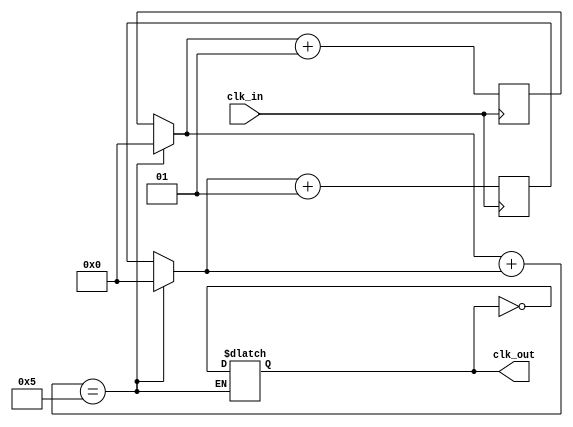
`timescale 1ns / 1ps
//////////////////////////////////////////////////////////////////////////////////
// Company: 
// Engineer: 
// 
// Design Name: 
// Module Name: clkDivision
// Project Name: 
// Target Devices: 
// Tool Versions: 
// Description: 
// 
// Dependencies: 
// 
// Revision:
// Revision 0.01 - File Created
// Additional Comments:
// 
//////////////////////////////////////////////////////////////////////////////////


module clkDivision
#(
    parameter factor = 5)

(   input wire clk_in,
    output wire clk_out
    
    );
    
    integer count = 0;
    reg value = 0;
    integer count_1 =0;
    integer count_next=0;
    integer count_1_next=0;
    always@(posedge clk_in )
    begin
        count_next <= count +1;
        
        
    end
    always@(negedge clk_in)
    begin
    count_1_next <= count_1+1;
    end
    
    
    always @(*)
    begin 
    if (count+count_1 == factor)
    begin
    count = 0;
    count_1 = 0; 
    value = ~ value;
    end
    else 
        begin
        count = count_next;
        count_1 = count_1_next;
    
    
    end
    
    end

    
    assign clk_out = value;  
      
endmodule